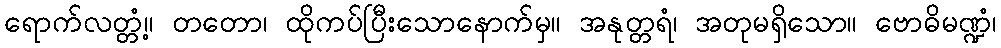
ရောက်လတ္တံ့။ တတော၊ ထိုကပ်ပြီးသောနောက်မှ။ အနုတ္တရံ၊ အတုမရှိသော။ ဗောဓိမဏ္ဍံ၊